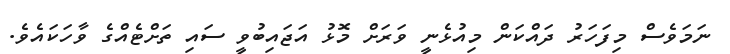
ނަމަވެސް މިފަހަރު ދައްކަން މިއުޅެނީ ވަރަށް މޮޅު އަޖައިބުވީ ސައި ތަށްޓެއްގެ ވާހަކައެވެ.